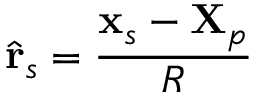
\hat { \mathbf { r } } _ { s } = \frac { \mathbf { x } _ { s } - \mathbf { X } _ { p } } { R }